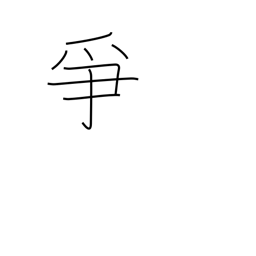
Meaning: to dispute